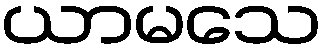
ယာမသေ